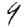
Digit: 9